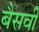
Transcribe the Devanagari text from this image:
बैसवी